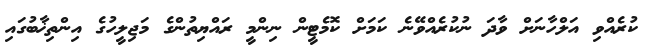
ކުރެއްވި އަލްހާނަށް ވާދަ ނުކުރެއްވޭނެ ކަމަށް ކޮމެޓީން ނިންމީ ރައްޔިތުންގެ މަޖިލީހުގެ އިންތިޚާބުގައި